Scientific memoirs by medical officers of the Army of India - Part XI,
Year: 1898
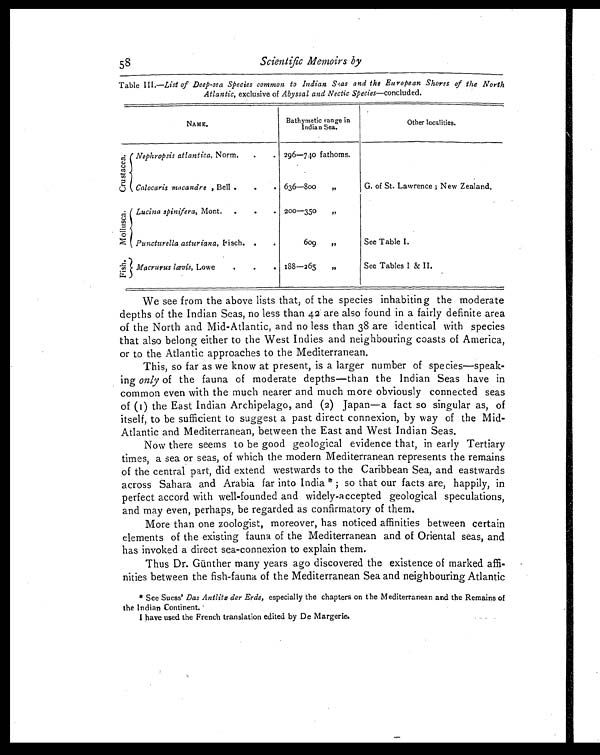
58
Scientific Memoirs by
Table III.— List of Deep-sea Species common to Indian Seas and the European Shores of the North
Atlantic, exclusive of Abyssal and Nectic Species —concluded.
NAME.
Bathymetic range in
Indian Sea.
Other localities.
C r u s t a c e a . Nephropsis atlantica, Norm. .
. 296—740 fathoms.
Calocaris macandre , Bell .
.
. 636—800
„
G. of St. Lawrence; New Zealand.
M o l l u s c a . Lucina spinifera, Mont.
.
.
. 200—350
„
Puncturella asturiana, Fisch. .
.
609
„
See Table I.
F i s h .
Macrurus lœvis, Lowe
.
.
. 188—265
„
See Tables I & II.
We see from the above lists that, of the species inhabiting the moderate
depths of the Indian Seas, no less than 42 are also found in a fairly definite area
of the North and Mid-Atlantic, and no less than 38 are identical with species
that also belong either to the West Indies and neighbouring coasts of America,
or to the Atlantic approaches to the Mediterranean.
This, so far as we know at present, is a larger number of species—speak-
ing only of the fauna of moderate depths—than the Indian Seas have in
common even with the much nearer and much more obviously connected seas
of (I) the East Indian Archipelago, and (2) Japan—a fact so singular as, of
itself, to be sufficient to suggest a past direct connexion, by way of the Mid-
Atlantic and Mediterranean, between the East and West Indian Seas.
Now there seems to be good geological evidence that, in early Tertiary
times, a sea or seas, of which the modern Mediterranean represents the remains
of the central part, did extend westwards to the Caribbean Sea, and eastwards
across Sahara and Arabia far into India *; so that our facts are, happily, in
perfect accord with well-founded and widely-accepted geological speculations,
and may even, perhaps, be regarded as confirmatory of them.
More than one zoologist, moreover, has noticed affinities between certain
elements of the existing fauna of the Mediterranean and of Oriental seas, and
has invoked a direct sea-connexion to explain them.
Thus Dr. Günther many years ago discovered the existence of marked affi-
nities between the fish-fauna of the Mediterranean Sea and neighbouring Atlantic
* See Suess' Das Antlits der Erde, especially the chapters on the Mediterranean and the Remains of
the Indian Continent.
I have used the French translation edited by De Margerie.